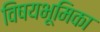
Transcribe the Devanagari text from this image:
विषयभूमिका